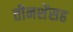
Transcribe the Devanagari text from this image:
तीनशेंसह